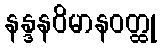
နန္ဒနဝိမာနဝတ္ထု